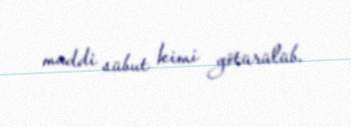
maddi sübut kimi götürülüb.